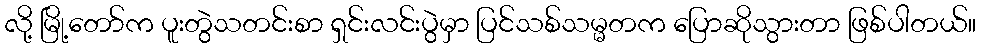
လို့ မြို့တော်က ပူးတွဲသတင်းစာ ရှင်းလင်းပွဲမှာ ပြင်သစ်သမ္မတက ပြောဆိုသွားတာ ဖြစ်ပါတယ်။